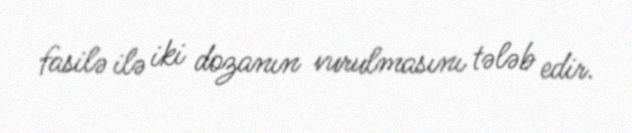
fasilə ilə iki dozanın vurulmasını tələb edir.